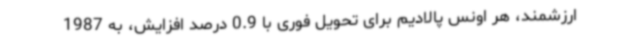
ارزشمند، هر اونس پالادیم برای تحویل فوری با 0.9 درصد افزایش، به 1987